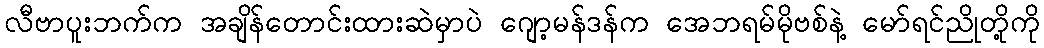
လီဗာပူးဘက်က အချိန်တောင်းထားဆဲမှာပဲ ဂျော့မန်ဒန်က အေဘရမ်မိုဗစ်နဲ့ မော်ရင်ညိုတို့ကို